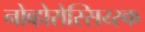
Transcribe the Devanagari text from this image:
नोव्होरोस्सिय्स्क